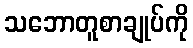
သဘောတူစာချုပ်ကို